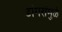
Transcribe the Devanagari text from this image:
डोंगरांमुळे